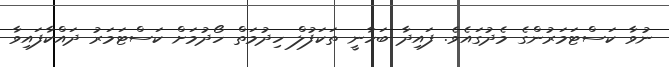
ނުވާ ކަސްޓަމަރުންގެ މެދުގައެވެ. ފައިދާ ބަހާނީ ތަކަފުލް ހިދުމަތް ހޯދުމަށް ކަސްޓަމަރު ދައްކާފައިވާ